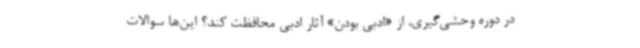
در دوره وحشی‌گیری، از «ادبی بودن» آثار ادبی محافظت کند؟ این‌ها سوالات